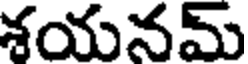
శయనమ్